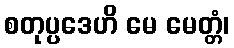
စတုပ္ပဒေဟိ မေ မေတ္တံ၊